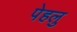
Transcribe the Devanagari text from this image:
पेहलु